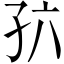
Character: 𪦸